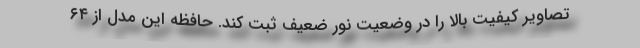
تصاویر کیفیت بالا را در وضعیت نور ضعیف ثبت کند. حافظه این مدل از ۶۴